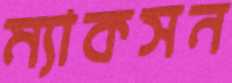
ম্যাকসন